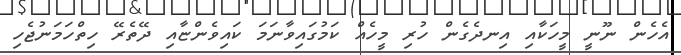
އެހެން ނޫނީ މީހަކާއި އިނދެގެން ހުރި މީހެއް ކަމުގައިވާނަމަ ކައިވެންޏާއި ދޭތެރޭ ހިތްހަމަނުޖެހި